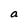
Character: a